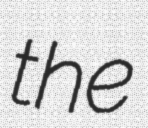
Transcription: the